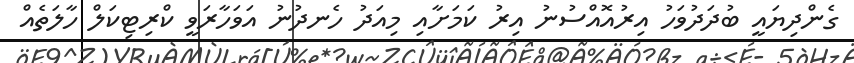
ގެންދިޔައީ ބުދަދުވަހު އިރުއޮއްސުނު އިރު ކަމަށާއި މިއަދު ހެނދުނު އަވަހާރަވީ ކްރިޓިކަލް ހާލަތެއް